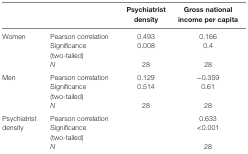
|  |  | Psychiatrist density | Gross national income per capita |
 | --- | --- | --- | --- |
 | <ROWSPAN=3> Women | Pearson correlation | 0.493 | 0.166 |
 | Significance (two-tailed) | 0.008 | 0.4 |
 | N | 28 | 28 |
 | <ROWSPAN=3> Men | Pearson correlation | 0.129 | −0.359 |
 | Significance (two-tailed) | 0.514 | 0.61 |
 | N | 28 | 28 |
 | <ROWSPAN=3> Psychiatrist density | Pearson correlation |  | 0.633 |
 | Significance (two-tailed) |  | <0.001 |
 | N |  | 28 |